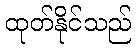
ထုတ်နိုင်သည်